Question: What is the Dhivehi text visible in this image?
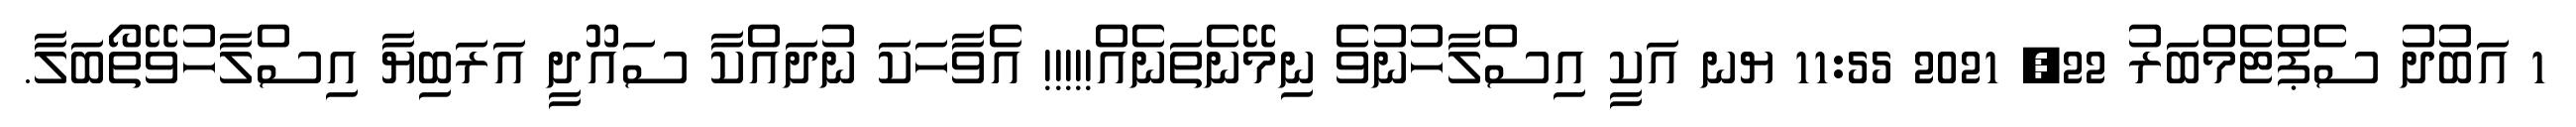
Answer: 1 އަބުދު ސެޕްޓެމްބަރު 22, 2021 11:55 ޔނ އަކީ އިސްލާހުނުވެ ނިމޭނެތަނެއް!!!!! އެވާހަކަ ނުދައްކާ ސައޫދީ އަރަބިޔާ އިސްލާހުވޭތޯބަލާ.